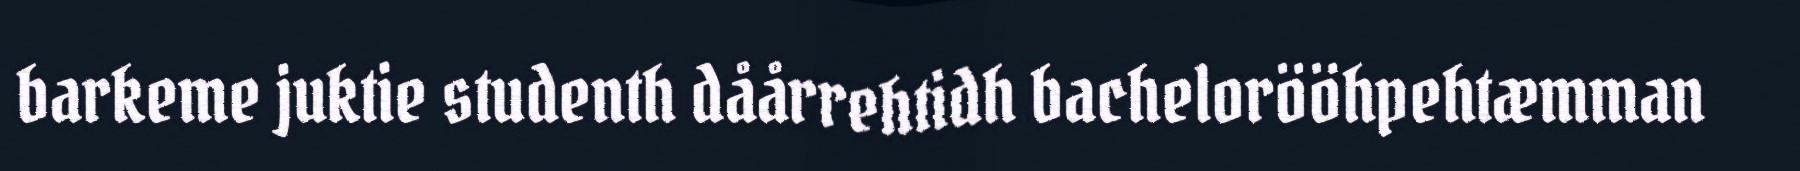
barkeme juktie studenth dåårrehtidh bachelorööhpehtæmman